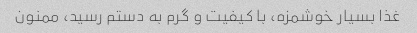
غذا بسیار خوشمزه، با کیفیت و گرم به دستم رسید، ممنون